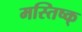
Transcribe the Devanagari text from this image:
मस्तिष्क्